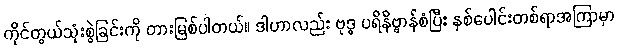
ကိုင်တွယ်သုံးစွဲခြင်းကို တားမြစ်ပါတယ်။ ဒါဟာလည်း ဗုဒ္ဓ ပရိနိဗ္ဗာန်စံပြီး နှစ်ပေါင်းတစ်ရာအကြာမှာ